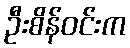
ဦးစိန်ဝင်းက